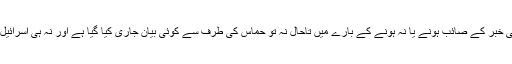
تاہم فائر بندی کی خبر کے صائب ہونے یا نہ ہونے کے بارے میں تاحال نہ تو حماس کی طرف سے کوئی بیان جاری کیا گیا ہے اور نہ ہی اسرائیل کی طرف سے۔